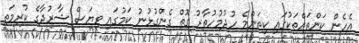
އެހެން ކަންތައްތަކުގައި ކިތަންމެ ހުދުމުހުތާރު ގޮތް ގެންގުޅުނު ކަމުގައި ވިޔަސް ޝާރުދާގެ ކުރިމަތީ